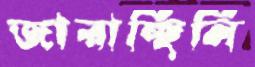
জারাচ্ছিলি